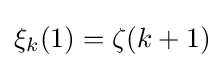
\xi _{k}(1)=\zeta (k+1)